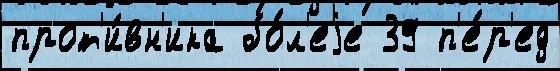
прот'и́вн'ика бо́л'еjе 39 п'е́р'ед